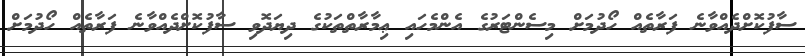
ސާފުކޮށްދެއްވާނެ ފަރާތެއް ހޯދުމަށް މިސެންޓަރުގެ އެންމެހައި ޢިމާރާތްތަކުގެ ދިޔަދޮވި ސާފުކޮށްދެއްވާނެ ފަރާތެއް ހޯދުމަށް